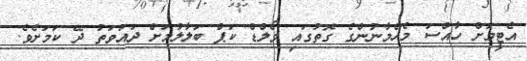
އެޓީމަށް ހާއްސަ މެހެމާނުންގެ ގޮތުގައި ވޯލްޑް ކަޕް ބަލާލުމަށް ދައުވަތު ދޭ ކަމަށެވެ.